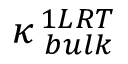
\kappa _ { \, \, b u l k } ^ { \, 1 L R T }